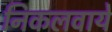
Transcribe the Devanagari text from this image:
निकलवाये